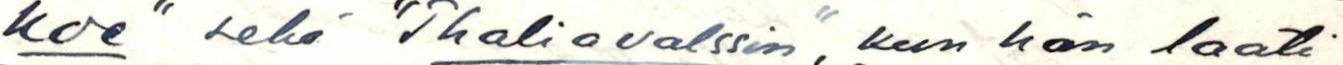
Koe" sekä "Thaliavalssin", kun hän laati